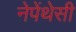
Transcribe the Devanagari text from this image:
नेपेंथेसी